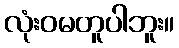
လုံးဝမတူပါဘူး။